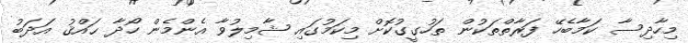
މިހާދިސާ ކަމާބެހޭ ފަރާތްތަކުން ތަހުގީގުކޮށް މިކަމުގައި ޝާމިލުވާ އެންމެން ހޯދާ ޙައްޤު އަދަބު